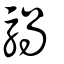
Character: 騧